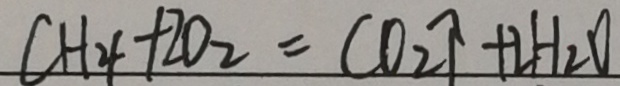
C H _ { 4 } + 2 O _ { 2 } = C O _ { 2 } \uparrow + 2 H _ { 2 } O